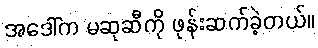
အဒေါ်က မဆုဆီကို ဖုန်းဆက်ခဲ့တယ်။